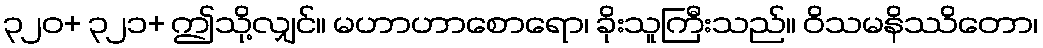
၃၂၀+ ၃၂၁+ ဤသို့လျှင်။ မဟာဟာစောရော၊ ခိုးသူကြီးသည်။ ဝိသမနိဿိတော၊